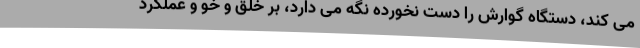
می کند، دستگاه گوارش را دست نخورده نگه می دارد، بر خلق و خو و عملکرد